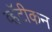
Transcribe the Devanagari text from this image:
व्हॅटीकन